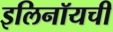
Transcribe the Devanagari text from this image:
इलिनॉयची